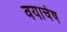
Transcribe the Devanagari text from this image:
वयाचेष